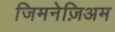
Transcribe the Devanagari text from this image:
जिमनेज़िअम